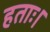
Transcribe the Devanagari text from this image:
हताः।